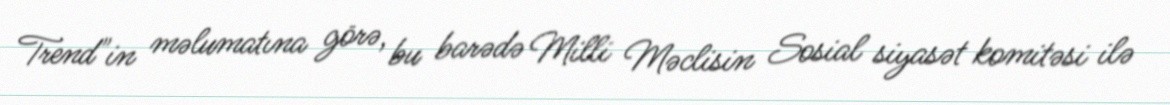
Trend"in məlumatına görə, bu barədə Milli Məclisin Sosial siyasət komitəsi ilə